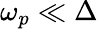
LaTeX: \omega_{p}\ll\Delta